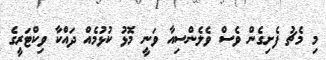
މި މެޗު ފެށިގެން ވެސް ވެލެންސިއާ ވަނީ މޮޅު ކުޅުމެއް ދައްކާ ވިކްޓަރީގެ